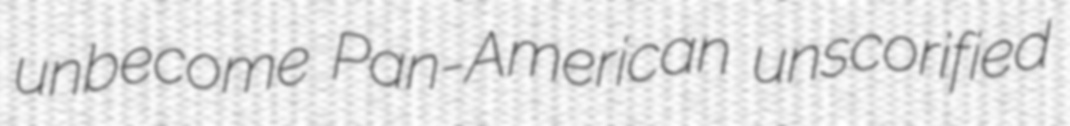
unbecome Pan-American unscorified